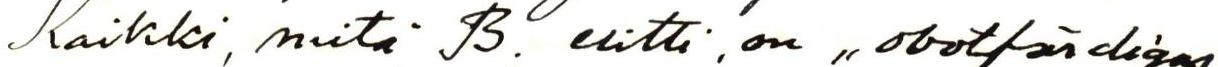
Kaikki, mitä B. esitti, on ,,obotfärdigas